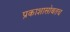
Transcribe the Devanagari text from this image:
प्रकाशासोबतच